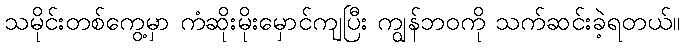
သမိုင်းတစ်ကွေ့မှာ ကံဆိုးမိုးမှောင်ကျပြီး ကျွန်ဘဝကို သက်ဆင်းခဲ့ရတယ်။